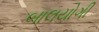
બાલયોગી